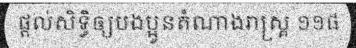
ផ្តល់សិទ្ធិឲ្យបងប្អូនតំណាងរាស្ត្រ ១១៨